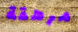
مرهقة